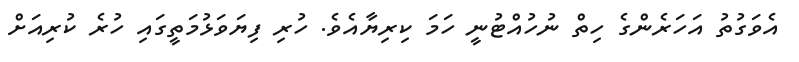
އެވަގުތު އަހަރެންގެ ހިތް ނުހުއްޓުނީ ހަމަ ކިރިޔާއެވެ. ހުރި ފިޔަވަޅުމަތީގައި ހުރެ ކުރިއަށް